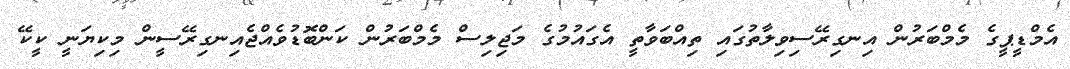
އެމްޑީޕީގެ މެމްބަރުން އިނގިރޭސިވިލާތުގައި ތިއްބަވާތީ އެގައުމުގެ މަޖިލިސް މެމްބަރުން ކަންބޮޑުވެއްޖެއިނގިރޭސީން މިކިޔަނީ ކީކޭ